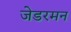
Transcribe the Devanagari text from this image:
जेडरमन